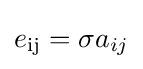
e_{\rm {ij}}=\sigma a_{ij}